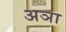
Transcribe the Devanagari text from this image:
अञा